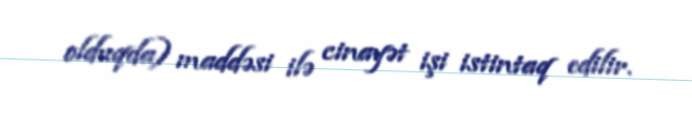
olduqda) maddəsi ilə cinayət işi istintaq edilir.